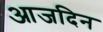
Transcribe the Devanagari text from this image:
आजदिन